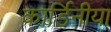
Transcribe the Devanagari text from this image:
कार्डिनीया